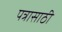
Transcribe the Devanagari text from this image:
पत्रासाठी